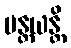
မန္တယန္တိ